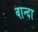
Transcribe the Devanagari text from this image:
बान्दा